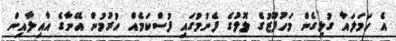
އެ ހަމަލައާ ގުޅިގެން މަހުފޫޒުގެ ލޮލުގެ ފެނުމުގައި ފުސްކަމެއް ހުރުމުން އޭނާގެ އާއިލާއިން